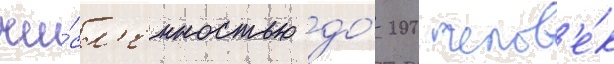
чи́сл'енностью до́ 200 челов'е́к